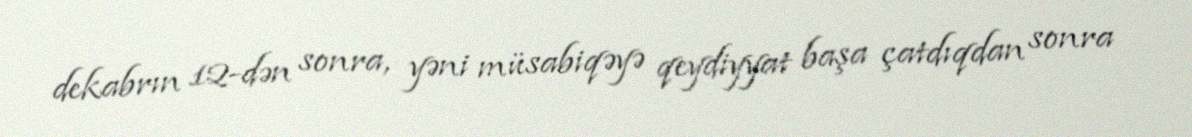
dekabrın 12-dən sonra, yəni müsabiqəyə qeydiyyat başa çatdıqdan sonra